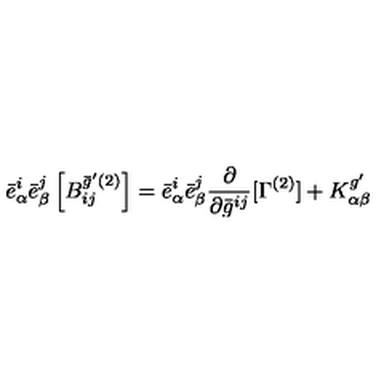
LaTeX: { \bar { e } } _ { \alpha } ^ { i } { \bar { e } } _ { \beta } ^ { j } \left[ { B } _ { i j } ^ { \bar { g } ^ { \prime } ( 2 ) } \right] = { \bar { e } } _ { \alpha } ^ { i } { \bar { e } } _ { \beta } ^ { j } \frac { \partial } { \partial \bar { g } ^ { i j } } [ \Gamma ^ { ( 2 ) } ] + { K } _ { \alpha \beta } ^ { g ^ { \prime } }